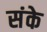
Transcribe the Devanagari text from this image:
संके